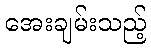
အေးချမ်းသည့်